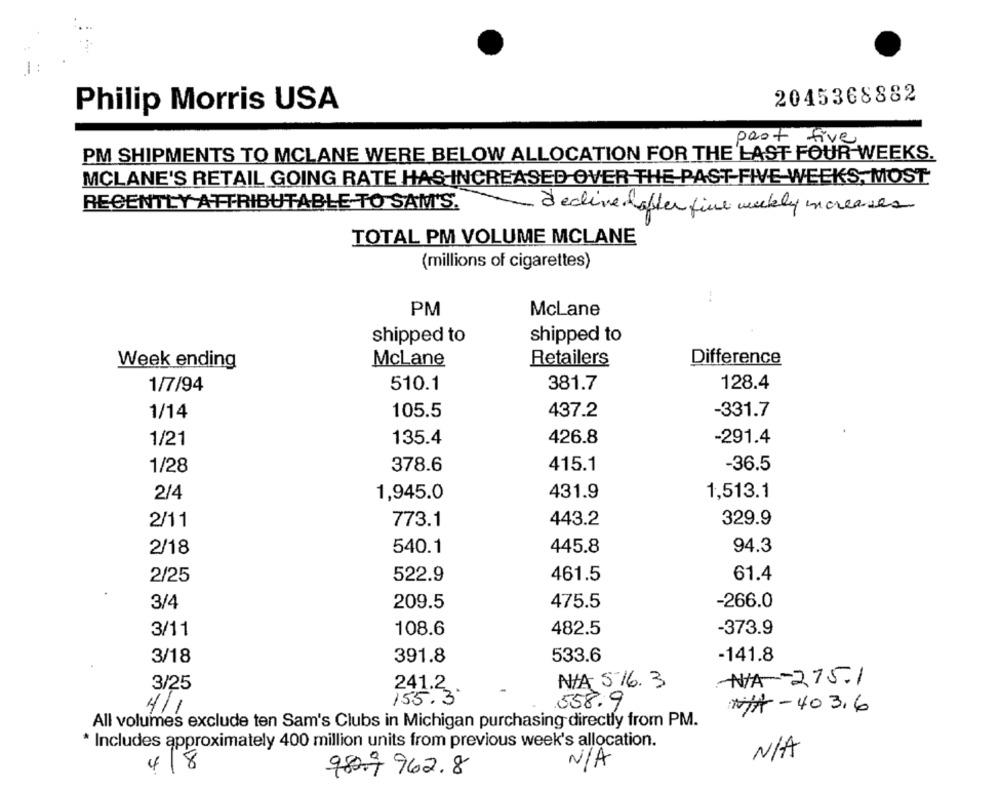
-
2045368882
Philip Morris USA
past five
PM SHIPMENTS TO MCLANE WERE BELOW ALLOCATION FOR THE LAST FOUR WEEKS.
MCLANE'S RETAIL GOING RATE HAS INCREASED OVER THE PAST FIVE WEEKS, MOST
RECENTLY ATTRIBUTABLE TO SAM'S.
- declinedafter fine weekly increases
TOTAL PM VOLUME MCLANE
(millions of cigarettes)
PM
McLane
shipped to
shipped to
Week ending
McLane
Retailers
Difference
1/7/94
510.1
381.7
128.4
-331.7
1/14
105.5
437.2
1/21
135.4
426.8
-291.4
378.6
415.1
-36.5
1/28
2/4
1,945.0
431.9
1,513.1
2/11
773.1
443.2
329.9
2/18
540.1
445.8
94.3
2/25
522.9
461.5
61.4
3/4
209.5
475.5
-266.0
3/11
108.6
482.5
-373.9
3/18
391.8
-141.8
533.6
-N/A -- 275-1
3/25
241.2.
N/A 516.3
155.3'
558.9
4/1
NA-403.6
All volumes exclude ten Sam's Clubs in Michigan purchasing directly from PM.
* Includes approximately 400 million units from previous week's allocation.
4/8
980.9 962.8